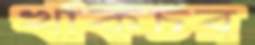
খাকচর